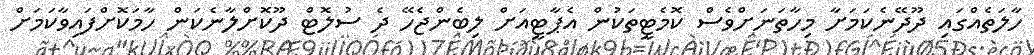
ހާލަތެއްގައި ދޫދޭނެކަމަށާ މިހާތަނަށްވެސް ކޮމެޓީތަކުން އެޕާޓީއަށް ލިބެންޖެހޭ ދެ ސުލޮޓް ދޫކޮށްލާނެކަން ހާމަކޮށްފައިވާކަމަށް